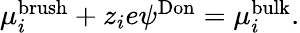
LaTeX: \begin{array}{r}{\mu_{i}^{\mathrm{brush}}+z_{i}e\psi^{\mathrm{Don}}=\mu_{i}^{\mathrm{bulk}}.}\end{array}